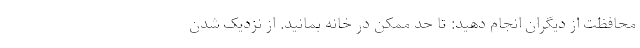
محافظت از دیگران انجام دهید: تا حد ممکن در خانه بمانید. از نزدیک شدن